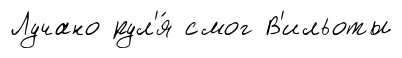
Лучано рул'я́ смог В'ильоты